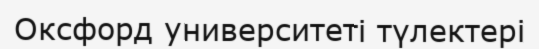
Оксфорд университеті түлектері